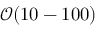
\mathcal { O } ( 1 0 - 1 0 0 )